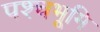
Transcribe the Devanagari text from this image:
पश्चभूमि